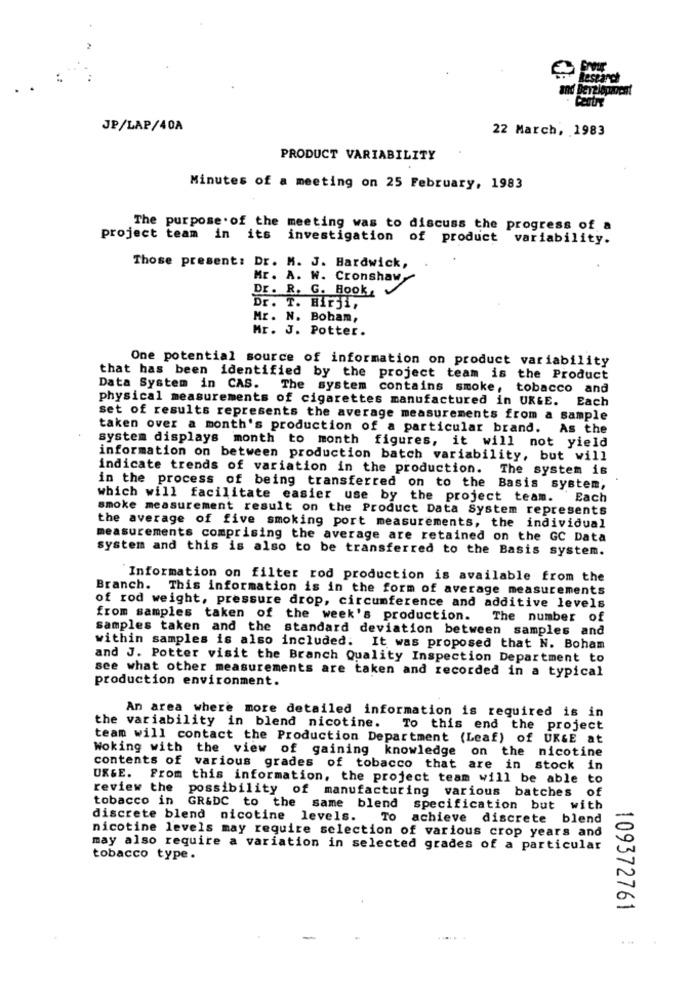
Research
JP/LAP/40A
22 March, 1983
PRODUCT VARIABILITY
Minutes of a meeting on 25 February, 1983
The purpose of the meeting was to discuss the progress of a
project team in its investigation of product variability.
Those present: Dr. M. J. Hardwick,
Mr. A. W. Cronshaw-
Dr. R. G. Hook,
Dr. T. Hirji,
Mr. N. Boham,
Mr. J. Potter.
One potential source of information on product variability
that has been identified by the project team is the Product
Data System in CAS. The system contains smoke, tobacco and
physical measurements of cigarettes manufactured in UK&E. Each
set of results represents the average measurements from a sample
taken over a month's production of a particular brand. As the
system displays month to month figures, it will not yield
information on between production batch variability, but will
indicate trends of variation in the production.
The system is
in the process of being transferred on to the Basis system,
which will facilitate easier use by the project team. Each
smoke measurement result on the Product Data System represents
the average of five smoking port measurements, the individual
measurements comprising the average are retained on the GC Data
system and this is also to be transferred to the Basis system.
Information on filter rod production is available from the
Branch. This information is in the form of average measurements
of rod weight, pressure drop, circumference and additive levels
from samples taken of the week's production. The number of
samples taken and the standard deviation between samples and
within samples is also included. It was proposed that N. Boham
and J. Potter visit the Branch Quality Inspection Department to
see what other measurements are taken and recorded in a typical
production environment.
An area where more detailed information is required is in
the variability in blend nicotine. To this end the project
team will contact the Production Department (Leaf) of UKGE at
Woking with the view of gaining knowledge on the nicotine
contents of various grades of tobacco that are in stock in
URGE. From this information, the project team will be able to
review the
possibility of manufacturing various batches of
tobacco in GR&DC to the same blend
specification but with
discrete blend nicotine levels. To achieve discrete blend
nicotine levels may require selection of various crop years and
may also require a variation in selected grades of a particular
tobacco type.
109372761
. ..